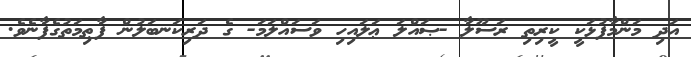
އަދި މަންމާފުޅަކީ ކީރިތި ރަސޫލާ -ޞައްލަ ޢަލައިހި ވަސައްލަމަ- ގެ ދަރިކަނބަލުން ފާޠިމަތުގެފާނެވެ.